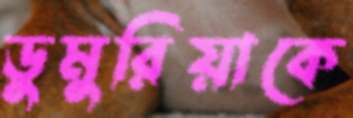
ডুমুরিয়াকে